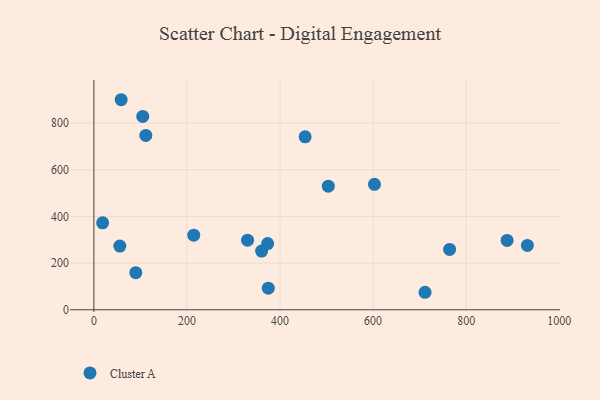
{"axis": {"x": "Price", "y": "Rating"}, "legend": ["Cluster A"], "data": [{"x": "373.4", "y": 283.6, "type": "Cluster A"}, {"x": "711.7", "y": 74.9, "type": "Cluster A"}, {"x": "374.8", "y": 92.5, "type": "Cluster A"}, {"x": "764.5", "y": 258.7, "type": "Cluster A"}, {"x": "58.7", "y": 900.3, "type": "Cluster A"}, {"x": "603.0", "y": 537.7, "type": "Cluster A"}, {"x": "931.6", "y": 275.7, "type": "Cluster A"}, {"x": "503.8", "y": 529.6, "type": "Cluster A"}, {"x": "105.0", "y": 828.8, "type": "Cluster A"}, {"x": "360.5", "y": 251.6, "type": "Cluster A"}, {"x": "888.0", "y": 297.0, "type": "Cluster A"}, {"x": "55.8", "y": 273.0, "type": "Cluster A"}, {"x": "18.8", "y": 372.7, "type": "Cluster A"}, {"x": "454.0", "y": 741.2, "type": "Cluster A"}, {"x": "111.6", "y": 747.3, "type": "Cluster A"}, {"x": "214.6", "y": 319.7, "type": "Cluster A"}, {"x": "330.3", "y": 298.2, "type": "Cluster A"}, {"x": "90.1", "y": 159.0, "type": "Cluster A"}]}